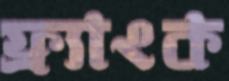
ফ্র্যাংক